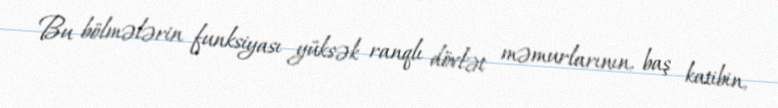
Bu bölmələrin funksiyası yüksək ranqlı dövlət məmurlarının, baş katibin,